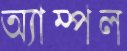
অ্যাম্পল